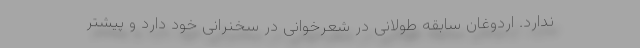
ندارد. اردوغان سابقه طولانی در شعرخوانی در سخنرانی خود دارد و پیشتر